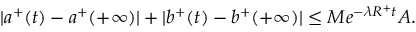
| a ^ { + } ( t ) - a ^ { + } ( + \infty ) | + | b ^ { + } ( t ) - b ^ { + } ( + \infty ) | \leq M e ^ { - \lambda R ^ { + } t } A .